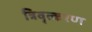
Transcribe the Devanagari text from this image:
त्रिवृत्करण